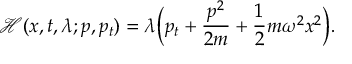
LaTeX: { \mathcal { H } } ( x , t , \lambda ; p , p _ { t } ) = \lambda { \Big ( } p _ { t } + { \frac { p ^ { 2 } } { 2 m } } + { \frac { 1 } { 2 } } m \omega ^ { 2 } x ^ { 2 } { \Big ) } .